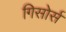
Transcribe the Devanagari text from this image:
गिसोर्स